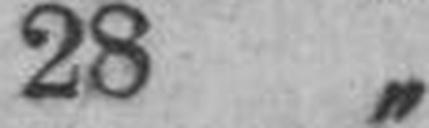
28 „